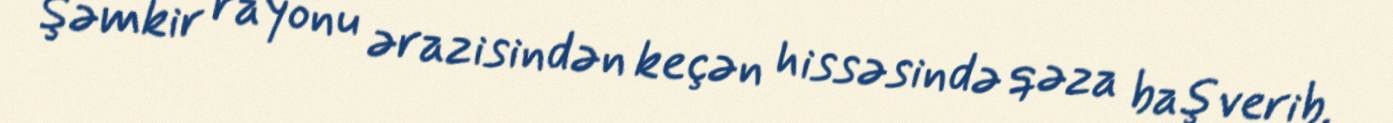
Şəmkir rayonu ərazisindən keçən hissəsində qəza baş verib.